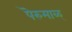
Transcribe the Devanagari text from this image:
पॆरुमाळ्